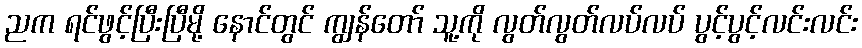
ညက ရင်ဖွင့်ပြီးပြီမို့ နောင်တွင် ကျွန်တော် သူ့ကို လွတ်လွတ်လပ်လပ် ပွင့်ပွင့်လင်းလင်း